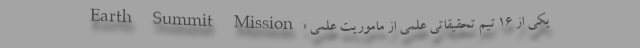
یکی از ۱۶ تیم تحقیقاتی علمی از ماموریت علمی «Earth Summit Mission